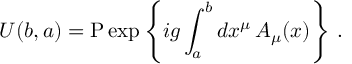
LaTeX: U ( b , a ) = \mathrm { P } \exp \left\{ i g \int _ { a } ^ { b } d x ^ { \mu } \, A _ { \mu } ( x ) \right\} \, .